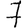
Digit: 7